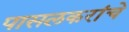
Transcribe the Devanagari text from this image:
पासलकरांचे